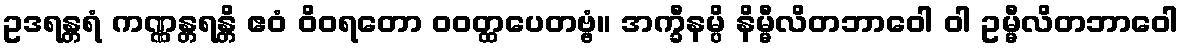
ဥဒရန္တရံ ကဏ္ဏန္တရန္တိ ဧဝံ ဝိဝရတော ဝဝတ္ထပေတဗ္ဗံ။ အက္ခီနမ္ပိ နိမ္မီလိတဘာဝေါ ဝါ ဥမ္မီလိတဘာဝေါ